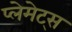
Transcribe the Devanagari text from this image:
प्लेमेट्स